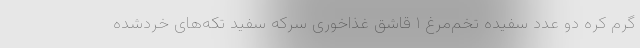
گرم کره دو عدد سفیده تخم‌مرغ ۱ قاشق غذاخوری سرکه سفید تکه‌های خردشده